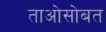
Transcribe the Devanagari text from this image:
ताओसोबत